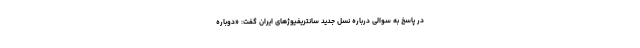
در پاسخ به سوالی درباره نسل جدید سانتریفیوژ‌های ایران گفت:‌ «دوباره